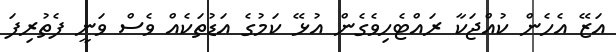
އަޒޭ އެހެން ކުއްޖަކާ ރައްޓެހިވެގެން އުޅޭ ކަމުގެ އަޑުތަކެއް ވެސް ވަނީ ފެތުރިފަ